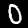
Label: 0